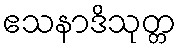
ဧသနာဒိသုတ္တ